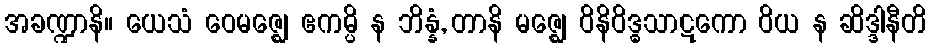
အခဏ္ဍာနိ။ ယေသံ ဝေမဇ္ဈေ ဧကမ္ပိ န ဘိန္နံ, တာနိ မဇ္ဈေ ဝိနိဝိဒ္ဓသာဋကော ဝိယ န ဆိဒ္ဒါနီတိ